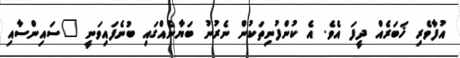
އުފާވެރި ޚަބަރެއް ދީފަ އެވެ. އެ ކުންފުނިތަކުން ނެރުނު ބަޔާނެއްގައި ބުނެފައިވަނީ "ސައިންސާއި